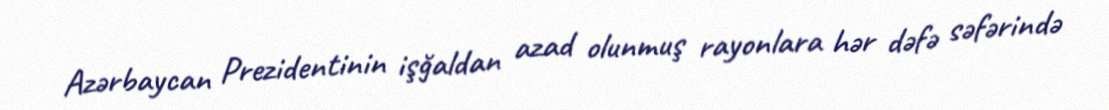
Azərbaycan Prezidentinin işğaldan azad olunmuş rayonlara hər dəfə səfərində